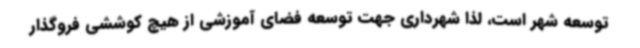
توسعه شهر است، لذا شهرداری جهت توسعه فضای آموزشی از هیچ کوششی فروگذار